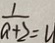
\frac { 1 } { a + 2 } = u